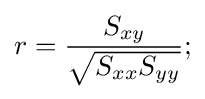
r={\frac {S_{xy}}{\sqrt {S_{xx}S_{yy}}}};